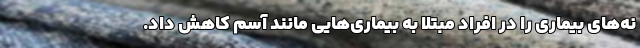
نه‌های بیماری را در افراد مبتلا به بیماری‌هایی مانند آسم کاهش داد.